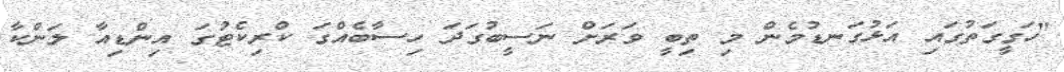
"ހަގީގަތުގައި އަޅުގަނޑުމެން މި ތިބީ ވަރަށް ނަސީބުގަދަ ހިސާބެއްގަ ކްރިކެޓުގަ އިންޑިއާ ލަންކާ